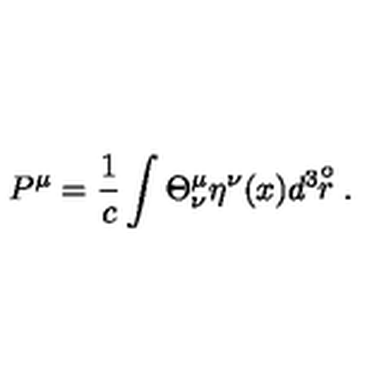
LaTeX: P ^ { \mu } = \frac { 1 } { c } \int \Theta _ { \nu } ^ { \mu } \eta ^ { \nu } ( x ) d ^ { 3 } \! \! \stackrel { \circ } { r } .